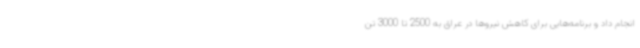
انجام داد و برنامه‌هایی برای کاهش نیروها در عراق به 2500 تا 3000 تن